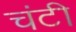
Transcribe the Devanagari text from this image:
चंटी